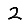
Digit: 2